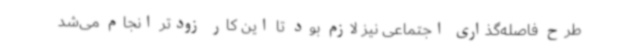
طرح فاصله‌گذاری اجتماعی نیز لازم بود تا این کار زودتر انجام می‌شد